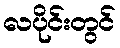
လပိုင်းတွင်